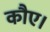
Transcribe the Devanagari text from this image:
कौए।